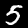
Digit: 5